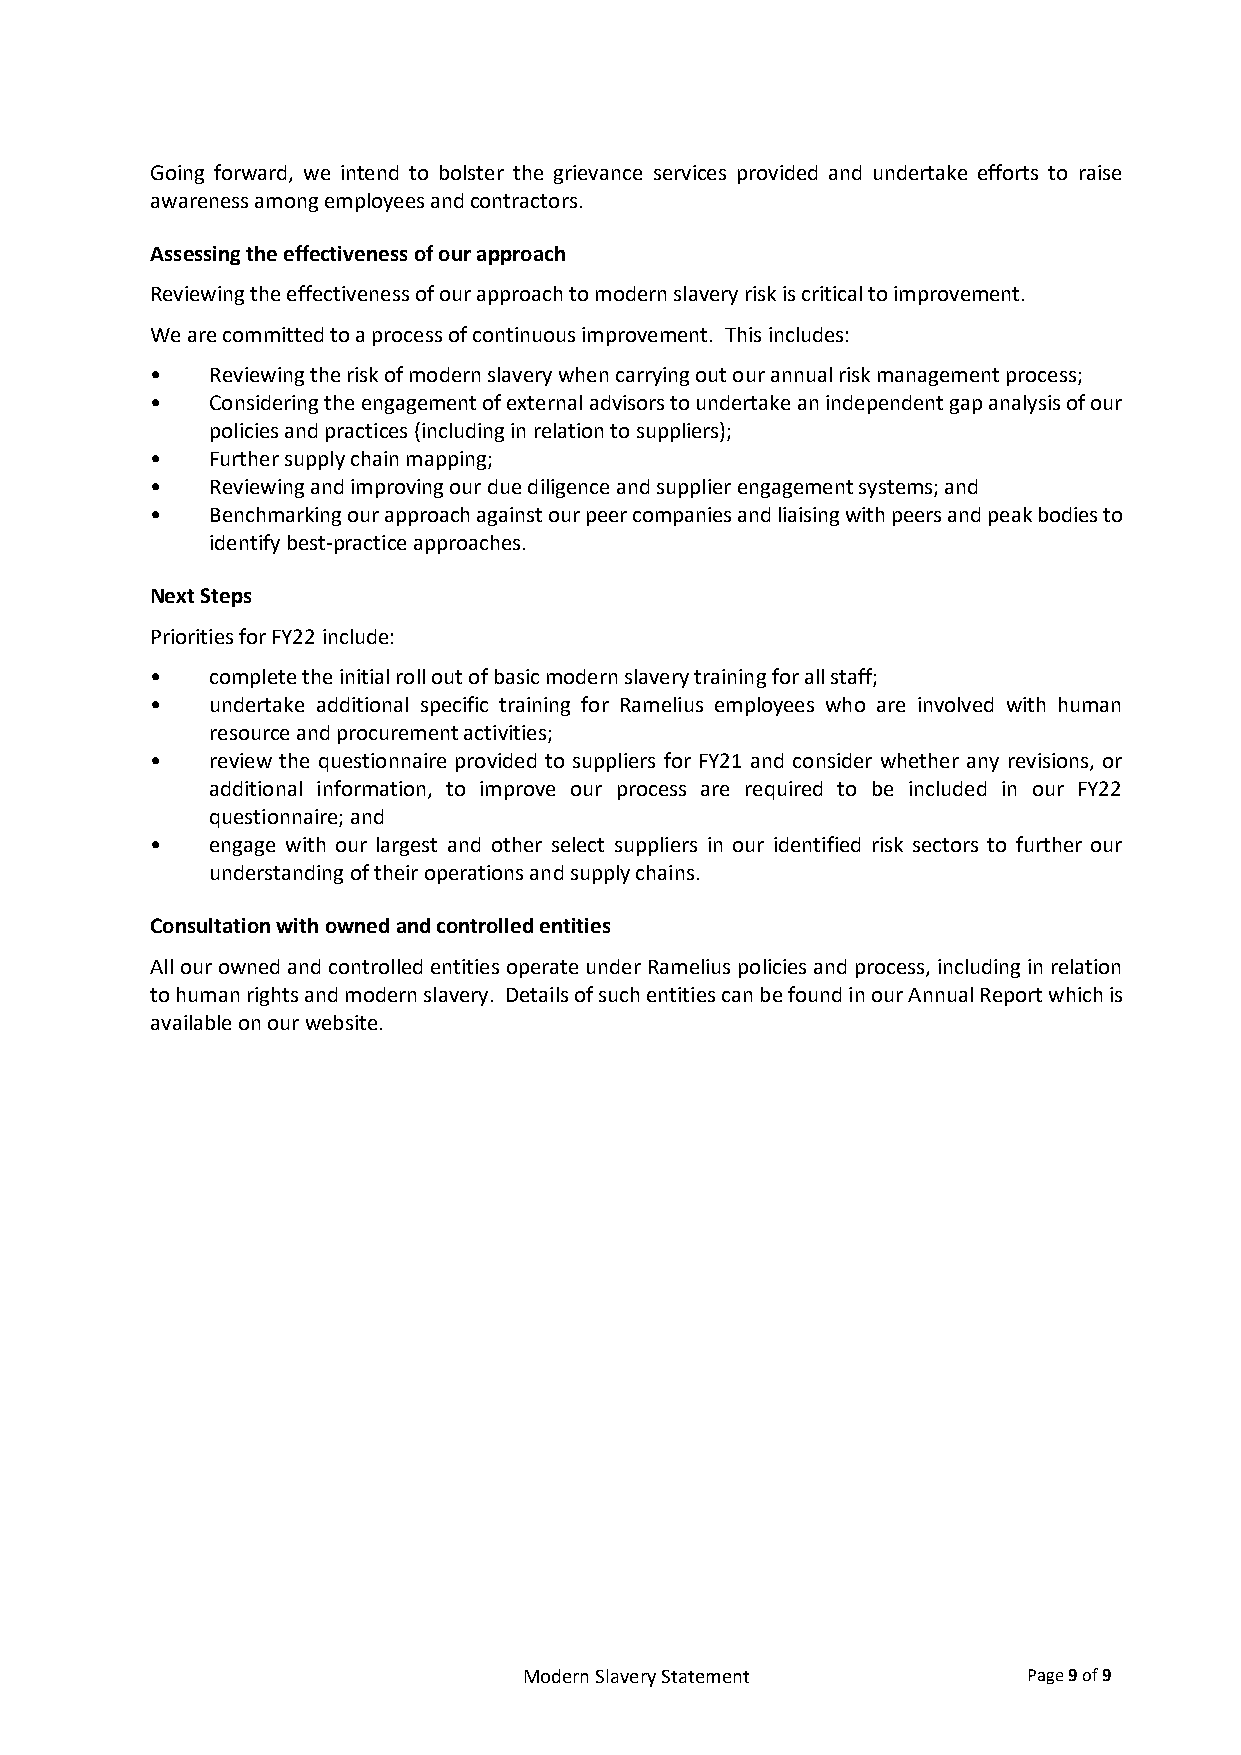
Going forward, we intend to bolster the grievance services provided and undertake efforts to raise
 awareness among employees and contractors.
 Assessing the effectiveness of our approach
 Reviewing the effectiveness of our approach to modern slavery risk is critical to improvement.
 We are committed to a process of continuous improvement. This includes:
 •   Reviewing the risk of modern slavery when carrying out our annual risk management process;
 •   Considering the engagement of external advisors to undertake an independent gap analysis of our
 policies and practices (including in relation to suppliers);
 •   Further supply chain mapping;
 •   Reviewing and improving our due diligence and supplier engagement systems; and
 •   Benchmarking our approach against our peer companies and liaising with peers and peak bodies to
 identify best-practice approaches.
 Next Steps
 Priorities for FY22 include:
 •   complete the initial roll out of basic modern slavery training for all staff;
 •   undertake additional specific training for Ramelius employees who are involved with human
 resource and procurement activities;
 •   review the questionnaire provided to suppliers for FY21 and consider whether any revisions, or
 additional information, to improve our process are required to be included in our FY22
 questionnaire; and
 •   engage with our largest and other select suppliers in our identified risk sectors to further our
 understanding of their operations and supply chains.
 Consultation with owned and controlled entities
 All our owned and controlled entities operate under Ramelius policies and process, including in relation
 to human rights and modern slavery. Details of such entities can be found in our Annual Report which is
 available on our website.
 Modern Slavery Statement         Page 9 of 9